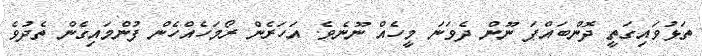
ތަޅުވައިގަތީ ދޮންބައްޕަ ނޫން ދެވަނަ މީހެއް ނޫނެވެ. އަހަރެން ރޯމަހެއްހެން ފުންމައިގެން ތެދުވެ